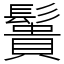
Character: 䰎